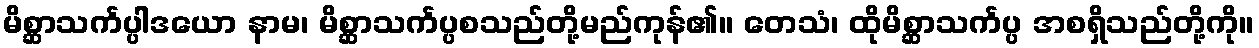
မိစ္ဆာသင်္ကပ္ပါဒယော နာမ၊ မိစ္ဆာသင်္ကပ္ပစသည်တို့မည်ကုန်၏။ တေသံ၊ ထိုမိစ္ဆာသင်္ကပ္ပ အစရှိသည်တို့ကို။